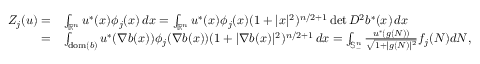
\begin{array} { r l } { Z _ { j } ( u ) = } & { \int _ { \mathbb { R } ^ { n } } u ^ { * } ( x ) \phi _ { j } ( x ) \, d x = \int _ { \mathbb { R } ^ { n } } u ^ { * } ( x ) \phi _ { j } ( x ) ( 1 + | x | ^ { 2 } ) ^ { n / 2 + 1 } \operatorname* { d e t } D ^ { 2 } b ^ { * } ( x ) \, d x } \\ { = } & { \int _ { \mathrm { d o m } ( b ) } u ^ { * } ( \nabla b ( x ) ) \phi _ { j } ( \nabla b ( x ) ) ( 1 + | \nabla b ( x ) | ^ { 2 } ) ^ { n / 2 + 1 } \, d x = \int _ { \mathbb { S } _ { - } ^ { n } } \frac { u ^ { * } ( g ( N ) ) } { \sqrt { 1 + | g ( N ) | ^ { 2 } } } f _ { j } ( N ) d N , } \end{array}